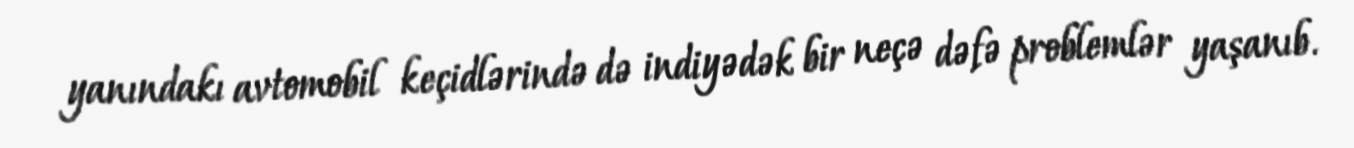
yanındakı avtomobil keçidlərində də indiyədək bir neçə dəfə problemlər yaşanıb.